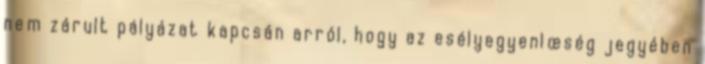
nem zárult pályázat kapcsán arról, hogy az esélyegyenlœség jegyében